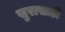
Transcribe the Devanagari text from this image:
सुरासाठी